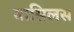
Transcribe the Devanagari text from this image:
वासिलस